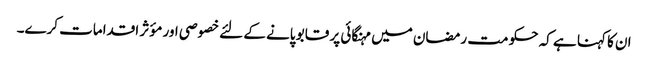
ان کا کہنا ہے کہ حکو مت رمضان میں مہنگائی پر قابو پانے کے لئے خصوصی اور مؤثر اقدامات کرے۔